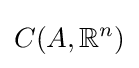
C(A,\mathbb {R} ^{n})